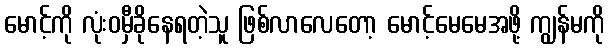
မောင့်ကို လုံးဝမှီခိုနေရတဲ့သူ ဖြစ်လာလေတော့ မောင့်မေမေအဖို့ ကျွန်မကို